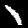
Label: 1